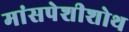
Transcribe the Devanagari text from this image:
मांसपेशीशोथ